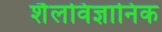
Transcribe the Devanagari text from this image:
शैलविज्ञानिक